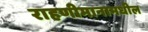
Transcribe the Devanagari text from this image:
राहणीमानामधील